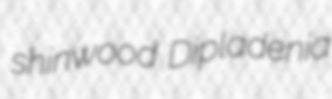
shinwood Dipladenia